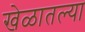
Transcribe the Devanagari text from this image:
खेळातल्या